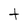
Character: t